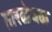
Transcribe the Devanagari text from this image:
तारळेघळ